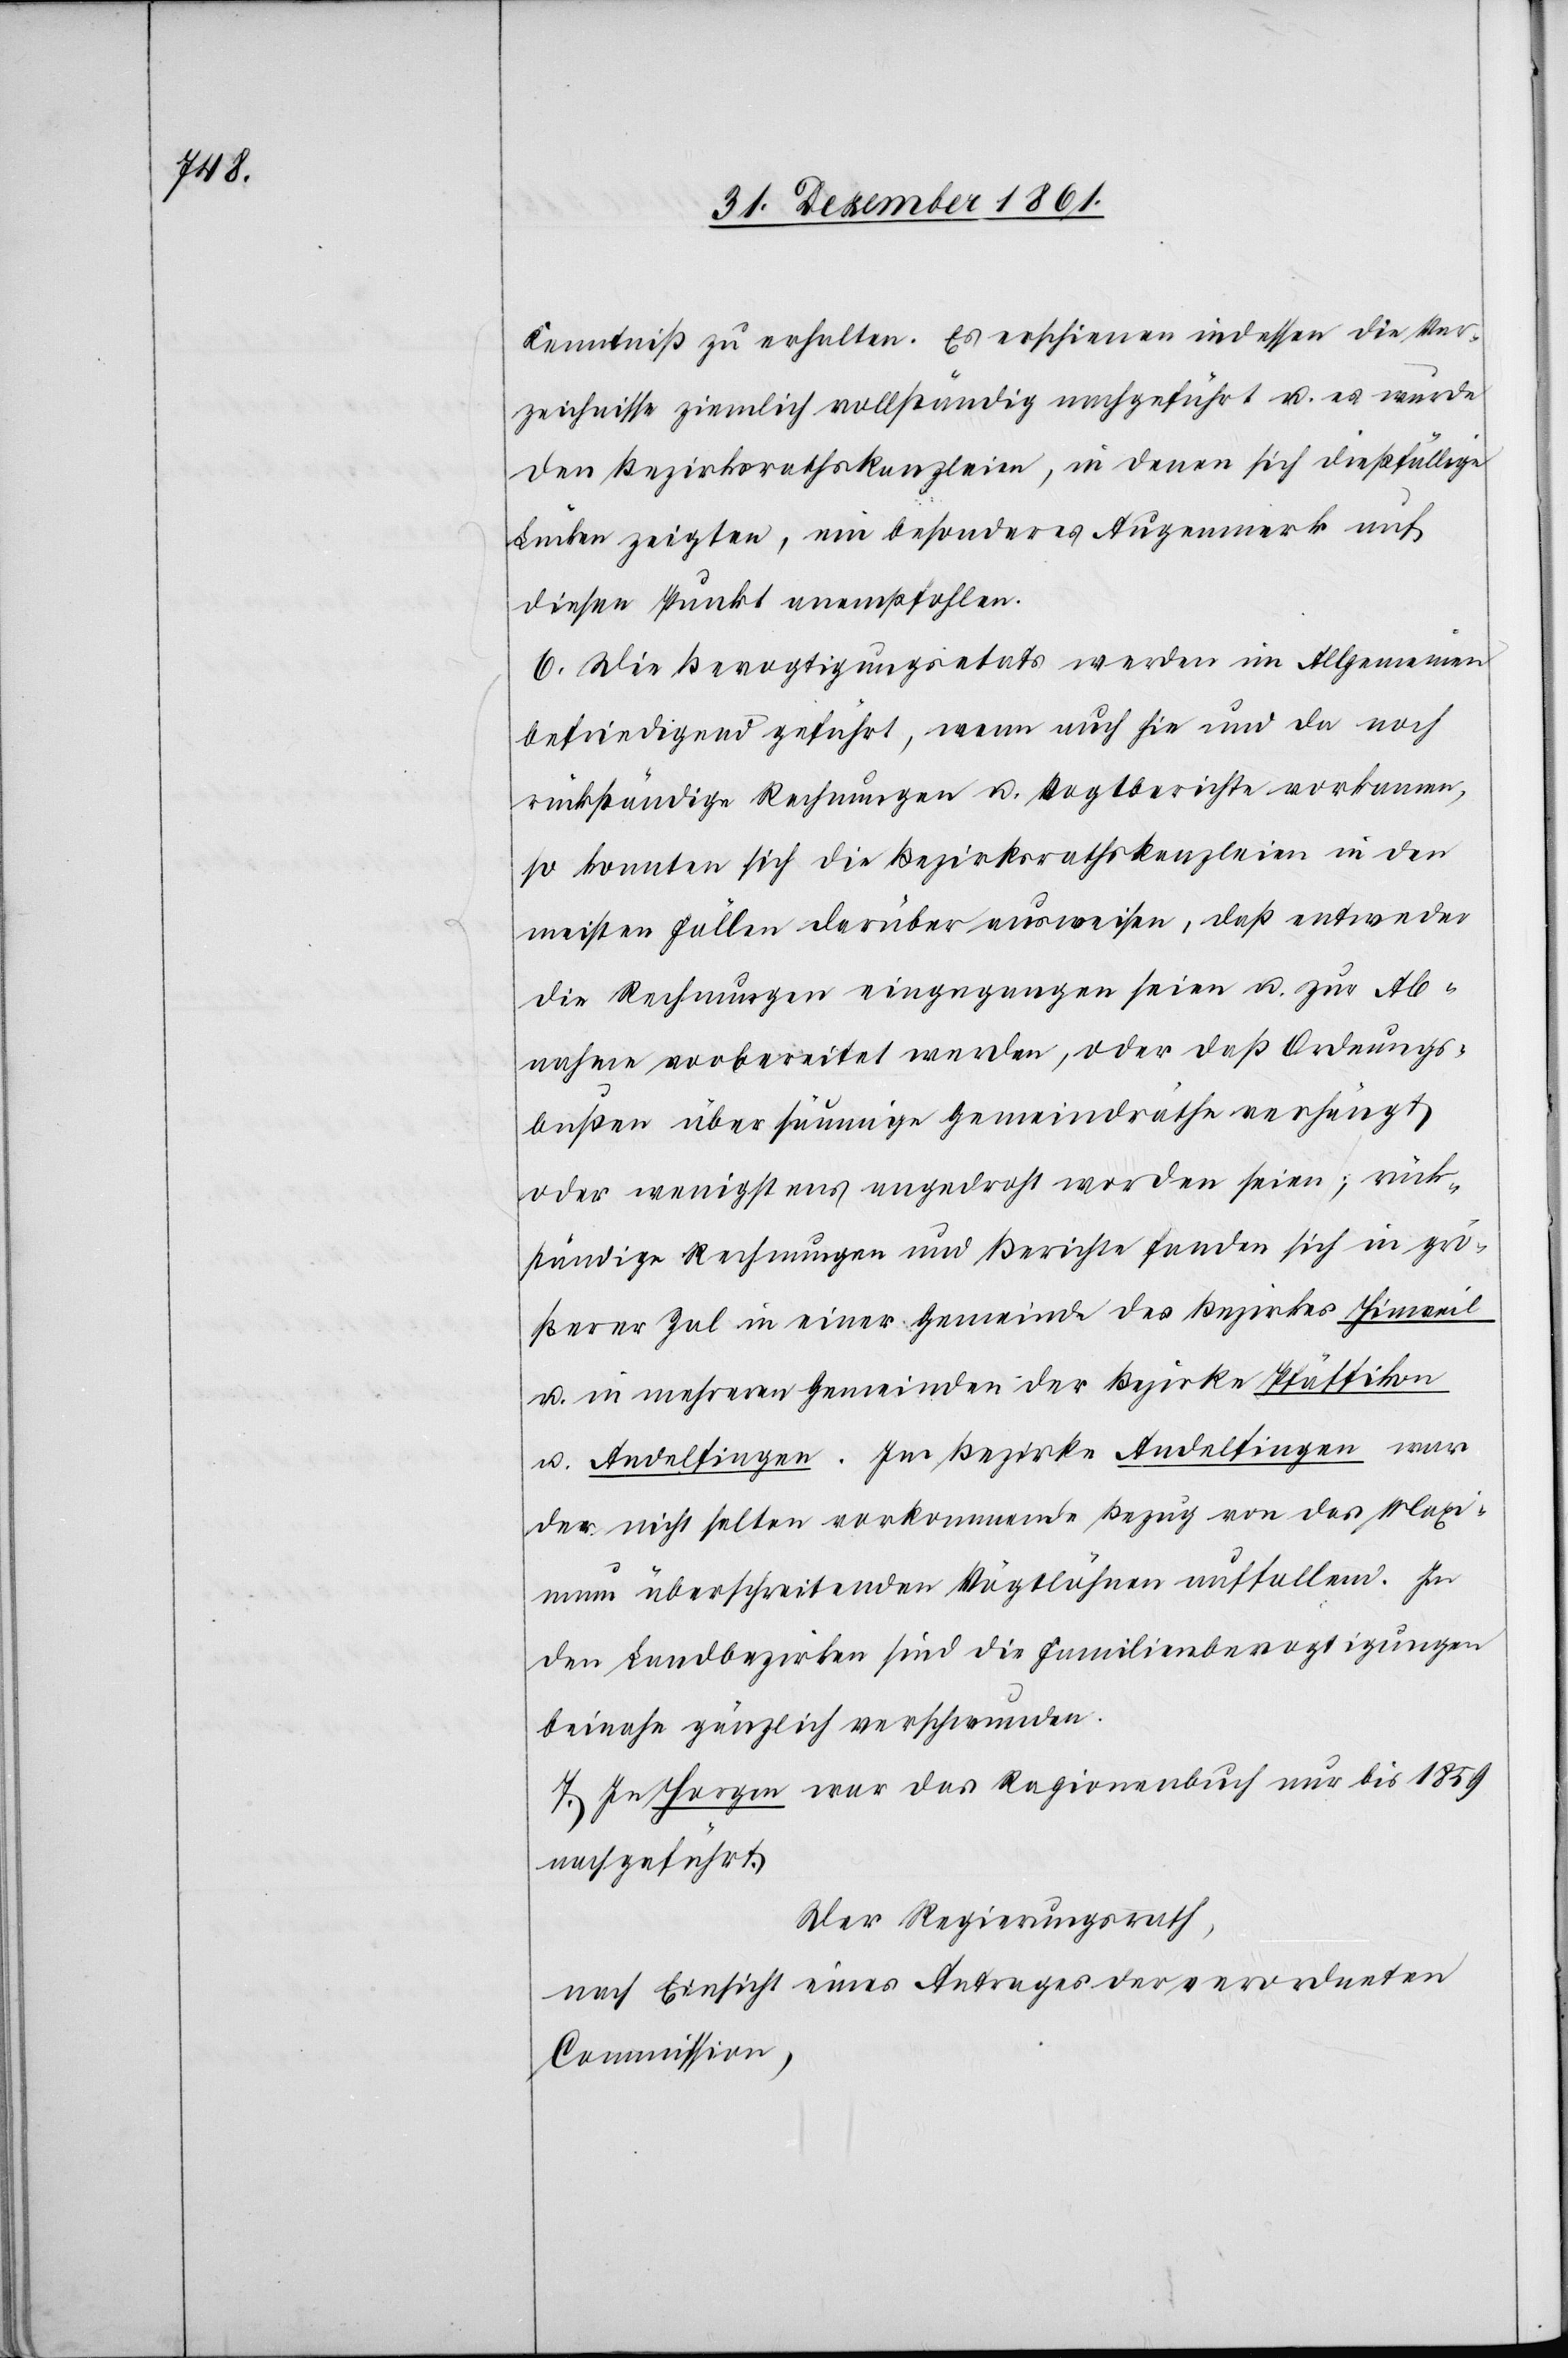
Kenntniß zu erhalten. Es erschienen indessen die Ver¬
zeichnisse ziemlich vollständig nachgeführt u. es wurde
den Bezirksrathskanzleien, in denen sich dießfällige
Lücken zeigten, ein besonderes Augenmerk auf
diesen Punkt anempfohlen.
6. Die Bevogtigungsetats werden im Allgemeinen
befriedigend geführt, wenn auch hie und da noch
rückständige Rechnungen u. Vogtberichte vorkommen,
so konnten sich die Bezirksrathskanzleien in den
meisten Fällen darüber ausweisen, daß entweder
die Rechnungen eingegangen seien u. zur Ab¬
nahme vorbereitet werden, oder daß Ordnungs¬
bußen über säumige Gemeindräthe verhängt
oder wenigstens angedroht worden seien; rück¬
ständige Rechnungen und Berichte fanden sich in grö¬
ßerer Zal in einer Gemeinde des Bezirkes Hinweil
u. in mehreren Gemeinden der Bezirke Pfäffikon
u. Andelfingen. Im Bezirke Andelfingen war
der nicht selten vorkommende Bezug von das Maxi¬
mum überschreitenden Vögtlöhnen auffallend. In
den Landbezirken sind die Familienbevogtigungen
beinahe gänzlich verschwunden.
7. In Horgen war das Ragionenbuch nur bis 1859
nachgeführt.
Der Regierungsrath,
nach Einsicht eines Antrages der verordneten
Commission,